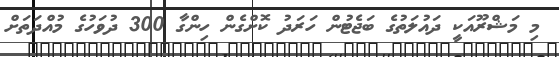
މި މަޝްރޫއަކީ ދައުލަތުގެ ބަޖެޓުން ހަރަދު ކޮށްގެން ހިންގާ 300 ދުވަހުގެ މުއްދަތަށް